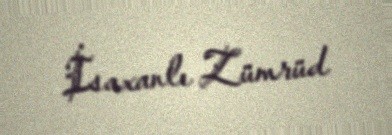
İsaxanlı Zümrüd